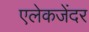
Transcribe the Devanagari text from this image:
एलेकजेंदर